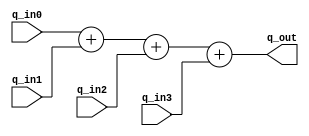
`timescale 1ns / 1ps
//////////////////////////////////////////////////////////////////////////////////
// Company: 
// Engineer: 
// 
// Design Name: 
// Module Name: wave_adder
// Project Name: 
// Target Devices: 
// Tool Versions: 
// Description: 
// 
// Dependencies: 
// 
// Revision:
// Revision 0.01 - File Created
// Additional Comments:
// 
//////////////////////////////////////////////////////////////////////////////////


module wave_adder(
    input  [15:0] q_in0,
    input  [15:0] q_in1,
    input  [15:0] q_in2,
    input  [15:0] q_in3,
    
    output [15:0] q_out
    );
    
    assign q_out = q_in0 + q_in1 + q_in2 + q_in3;
    
    
endmodule